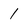
Character: 1